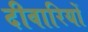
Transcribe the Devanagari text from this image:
दीवारियों